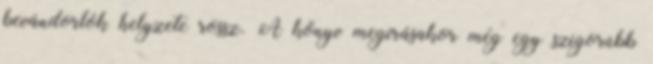
bevándorlók helyzete rossz. A könyv megírásakor még egy szigorúbb